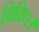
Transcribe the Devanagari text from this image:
विविध।